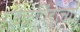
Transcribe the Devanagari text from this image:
रावळपिंडीच्या